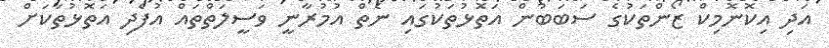
އަދި އިކޮނޮމިކް ޒޯންތަކުގެ ސަބަބުން އަތޮޅުތަކުގައި ނެތް އުމުރާނީ ވަސީލަތްތައް އުފެދި އަތޮޅުތަކަށް